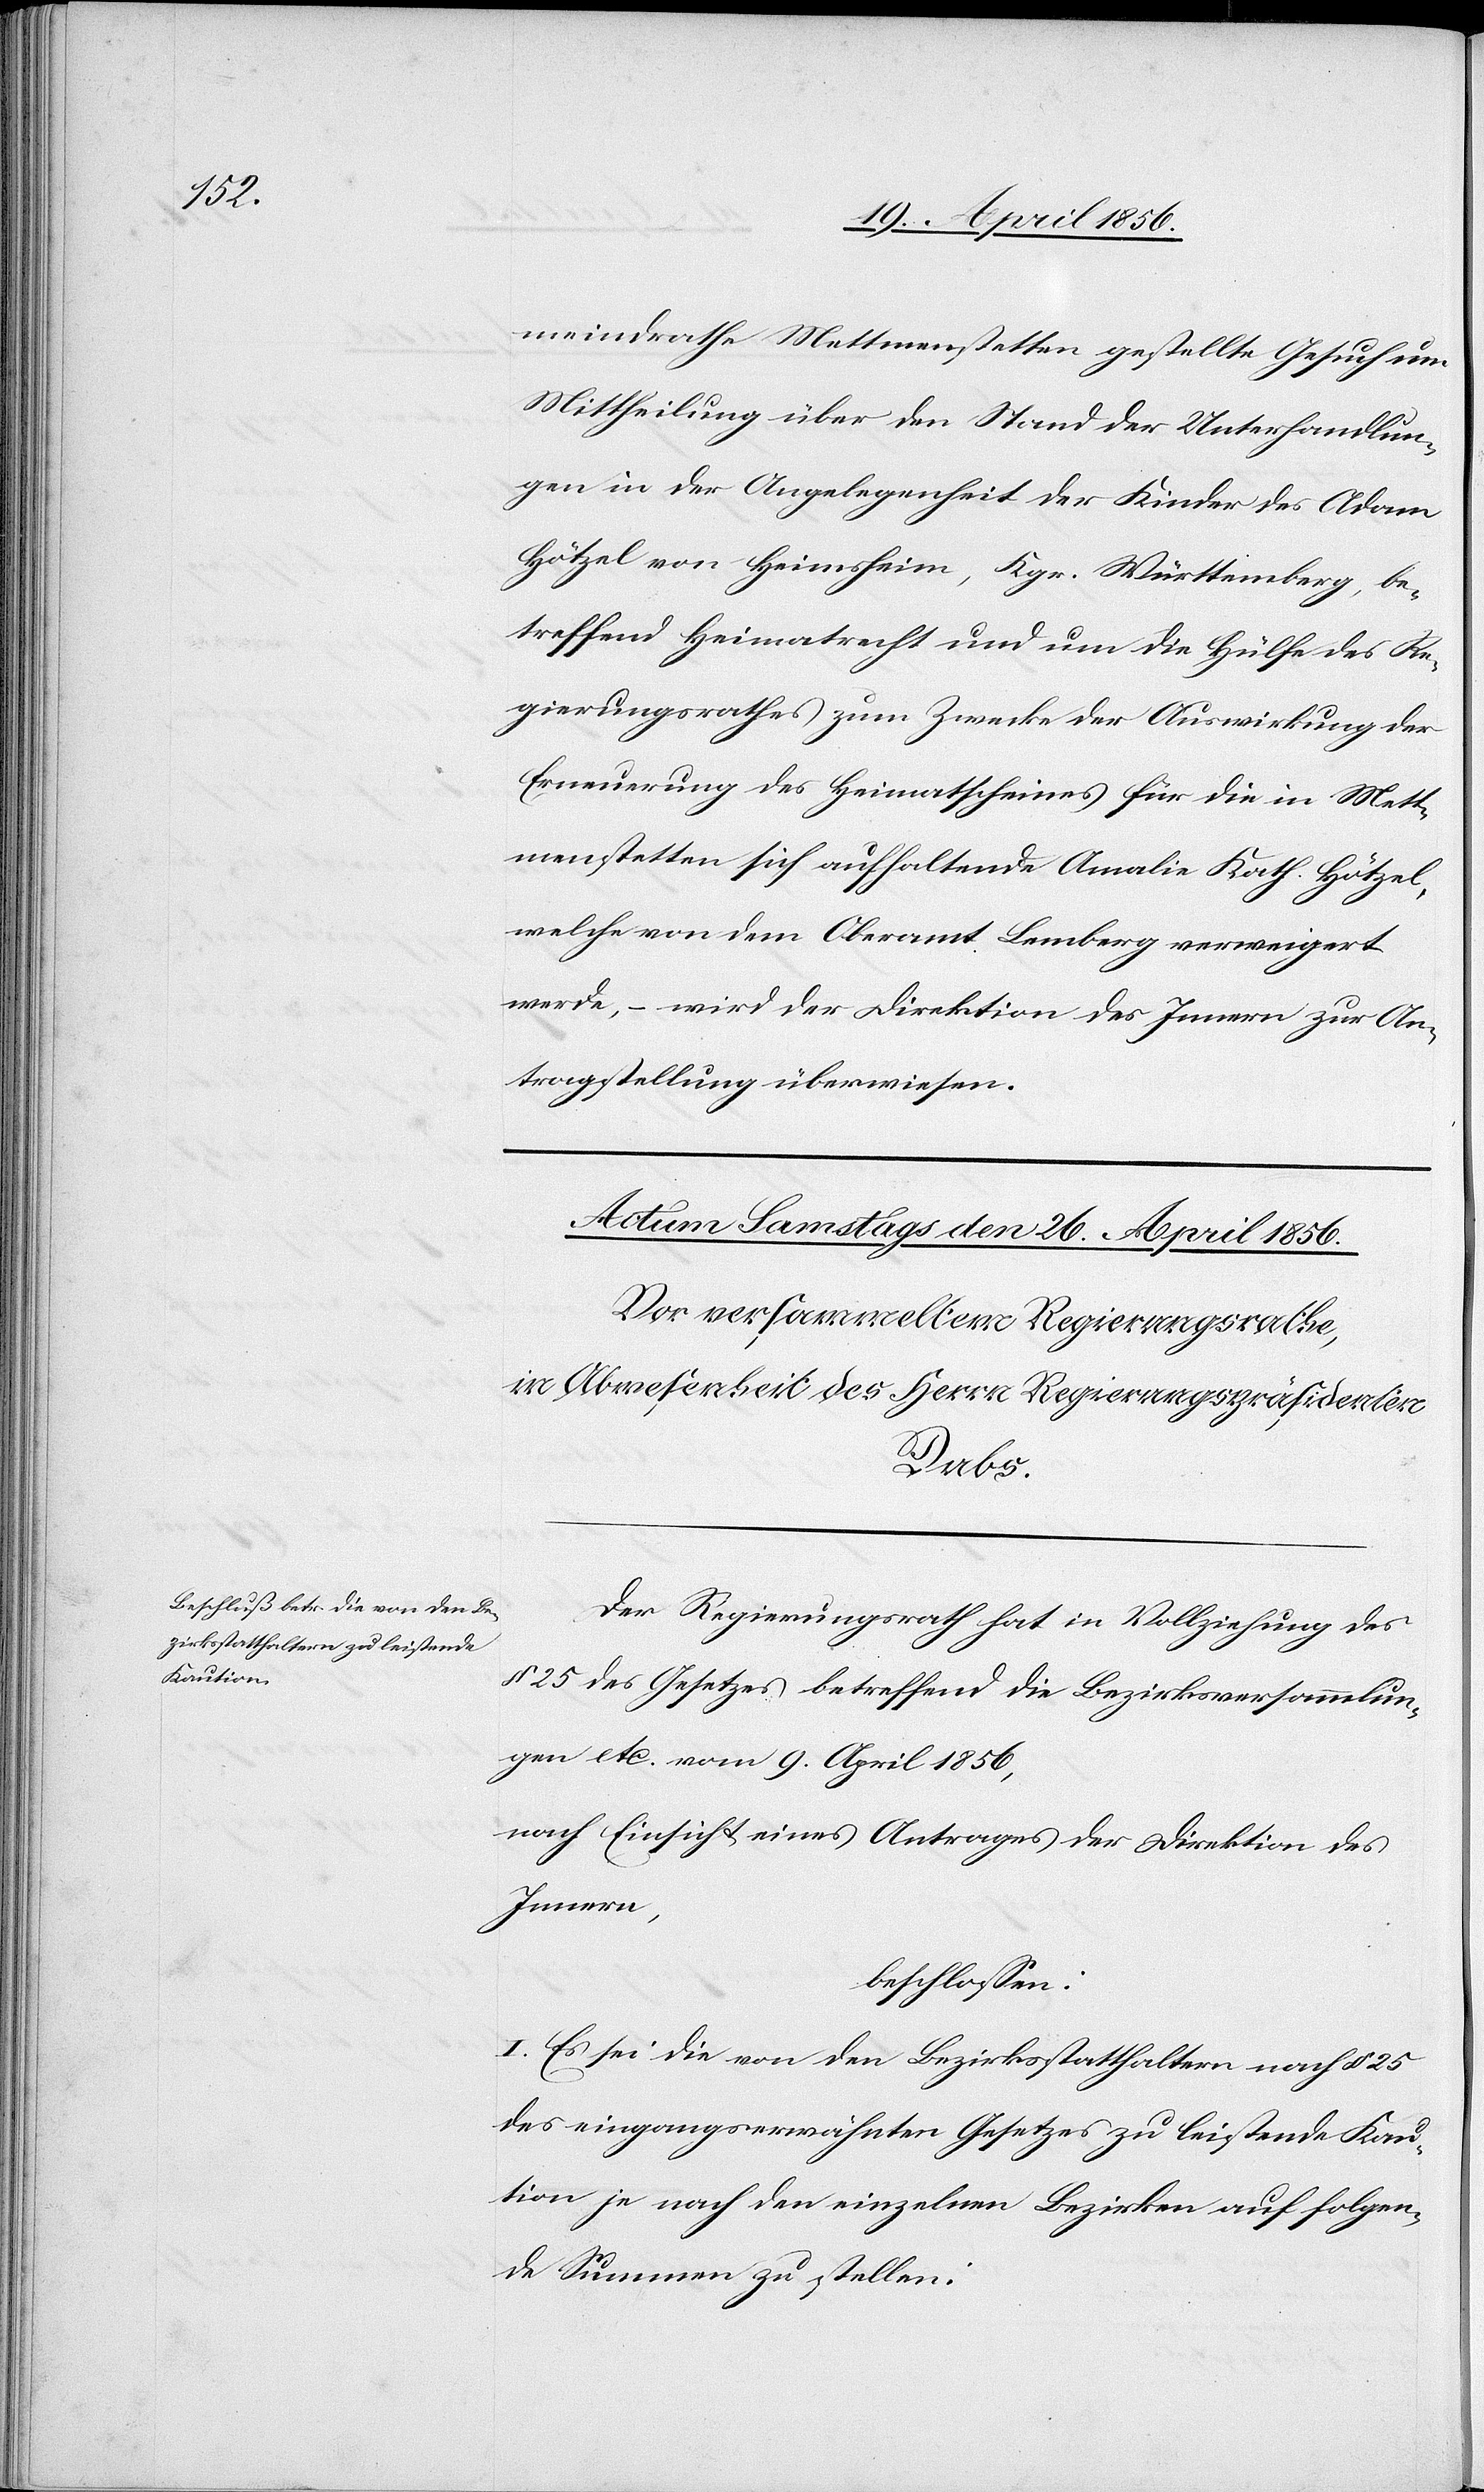
meindrathe Mettmenstetten gestellte Gesuch um
Mittheilung über den Stand der Unterhandlun¬
gen in der Angelegenheit der Kinder des Adam
Hötzel von Heimsheim, Kgr. Württemberg, be¬
treffend Heimatrecht und um die Hülfe des Re¬
gierungsrathes zum Zwecke der Auswirkung der
Erneuerung des Heimatscheines für die in Mett¬
menstetten sich aufhaltende Amalie Kath. Hötzel,
welche von dem Oberamt Lemberg verweigert
werde, – wird der Direktion des Innern zur An¬
tragstellung überwiesen.
Der Regierungsrath hat in Vollziehung des
§ 25 des Gesetzes betreffend die Bezirksversammlun¬
gen etc. vom 9. April 1856,
nach Einsicht eines Antrages der Direktion des
Innern,
beschlossen:
I. Es sei die von den Bezirksstatthaltern nach § 25
des eingangserwähnten Gesetzes zu leistende Kau¬
tion je nach den einzelnen Bezirken auf folgen¬
de Summen zu stellen: